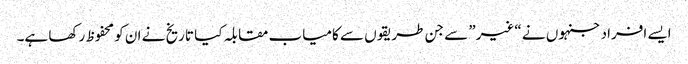
ایسے افراد جنہوں نے “غیر” سے جن طریقوں سے کامیاب مقابلہ کیا تاریخ نے ان کو محفوظ رکھا ہے۔